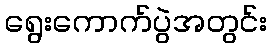
ရွေးကောက်ပွဲအတွင်း